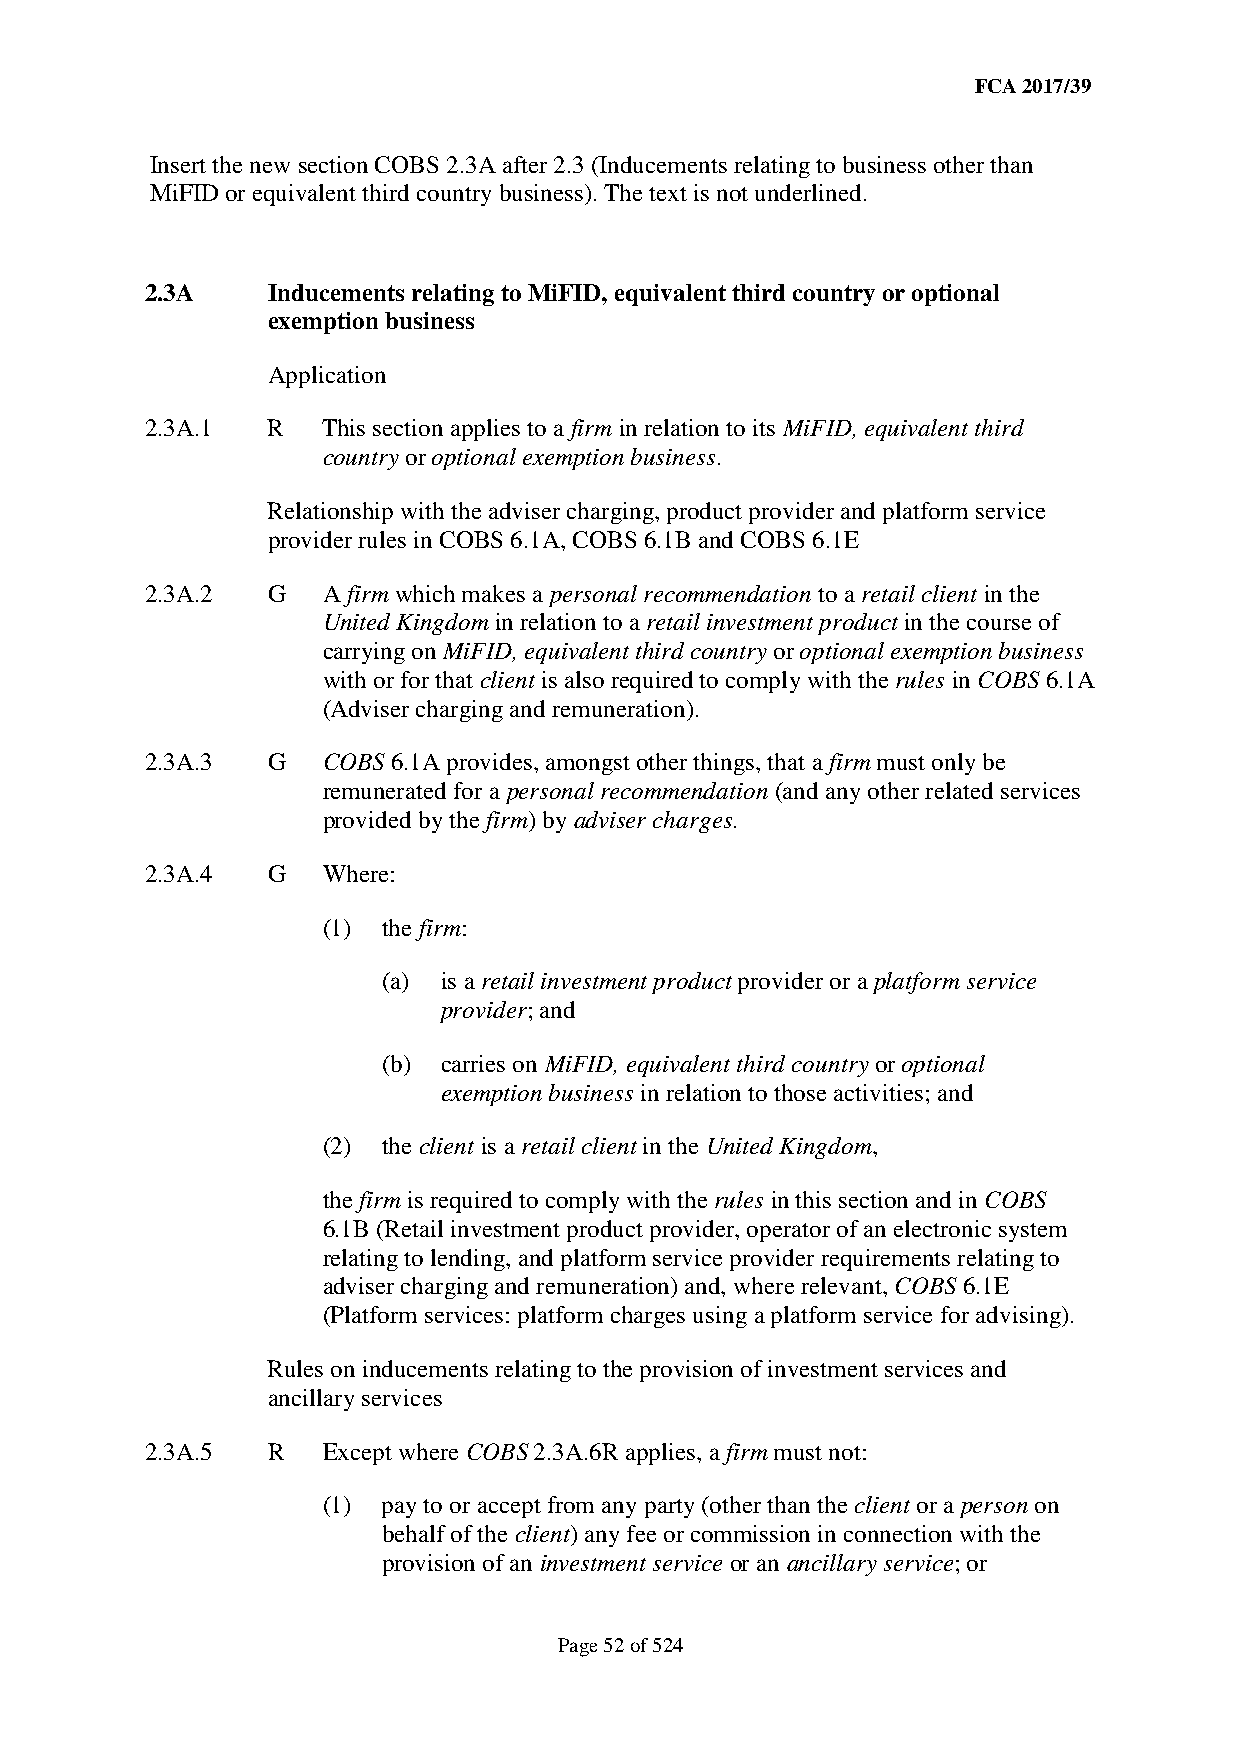
FCA 2017/39
 Insert the new section COBS 2.3A after 2.3 (Inducements relating to business other than
 MiFID or equivalent third country business). The text is not underlined.
 2.3A    Inducements relating to MiFID, equivalent third country or optional
 exemption business
 Application
 2.3A.1  R  This section applies to a firm in relation to its MiFID, equivalent third
 country or optional exemption business.
 Relationship with the adviser charging, product provider and platform service
 provider rules in COBS 6.1A, COBS 6.1B and COBS 6.1E
 2.3A.2  G  A firm which makes a personal recommendation to a retail client in the
 United Kingdom in relation to a retail investment product in the course of
 carrying on MiFID, equivalent third country or optional exemption business
 with or for that client is also required to comply with the rules in COBS 6.1A
 (Adviser charging and remuneration).
 2.3A.3  G  COBS 6.1A provides, amongst other things, that a firm must only be
 remunerated for a personal recommendation (and any other related services
 provided by the firm) by adviser charges.
 2.3A.4  G  Where:
 (1) the firm:
 (a) is a retail investment product provider or a platform service
 provider; and
 (b) carries on MiFID, equivalent third country or optional
 exemption business in relation to those activities; and
 (2) the client is a retail client in the United Kingdom,
 the firm is required to comply with the rules in this section and in COBS
 6.1B (Retail investment product provider, operator of an electronic system
 relating to lending, and platform service provider requirements relating to
 adviser charging and remuneration) and, where relevant, COBS 6.1E
 (Platform services: platform charges using a platform service for advising).
 Rules on inducements relating to the provision of investment services and
 ancillary services
 2.3A.5  R  Except where COBS 2.3A.6R applies, a firm must not:
 (1) pay to or accept from any party (other than the client or a person on
 behalf of the client) any fee or commission in connection with the
 provision of an investment service or an ancillary service; or
 Page 52 of 524